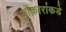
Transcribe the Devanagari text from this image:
ओंकारांकडे